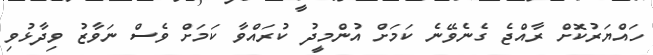
ހައްޔަރުކޮށް ރާއްޖެ ގެނެވޭނެ ކަމަށް އުންމީދު ކުރައްވާ ކަމަށް ވެސް ނަވާޒު ވިދާޅުވި